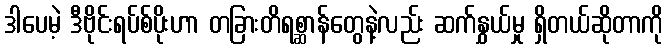
ဒါပေမဲ့ ဒီဗိုင်းရပ်စ်ပိုးဟာ တခြားတိရစ္ဆာန်တွေနဲ့လည်း ဆက်နွှယ်မှု ရှိတယ်ဆိုတာကို